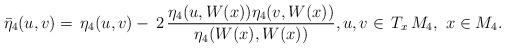
LaTeX: \begin{align*}\bar{\eta}_4(u,v)=\,\eta_4(u,v)-\,2\,\frac{\eta_4(u,W(x))\eta_4(v,W(x))}{\eta_4(W(x),W(x))},u,v\in \,T_x\,M_4,\,\,x\in M_4.\end{align*}